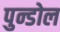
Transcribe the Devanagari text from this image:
पुन्डोल